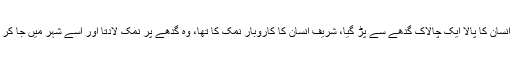
کہتے ہیں ایک شریف النفس سیدھے سادھے انسان کا پالا ایک چالاک گدھے سے پڑ گیا، شریف انسان کا کاروبار نمک کا تھا، وہ گدھے پر نمک لادتا اور اسے شہر میں جا کر بیچ آتا، اسی سے اس کی روزی روٹی چلتی۔